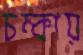
চম্‌কায়